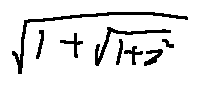
\sqrt { 1 + \sqrt { 1 + z ^ { 2 } } }